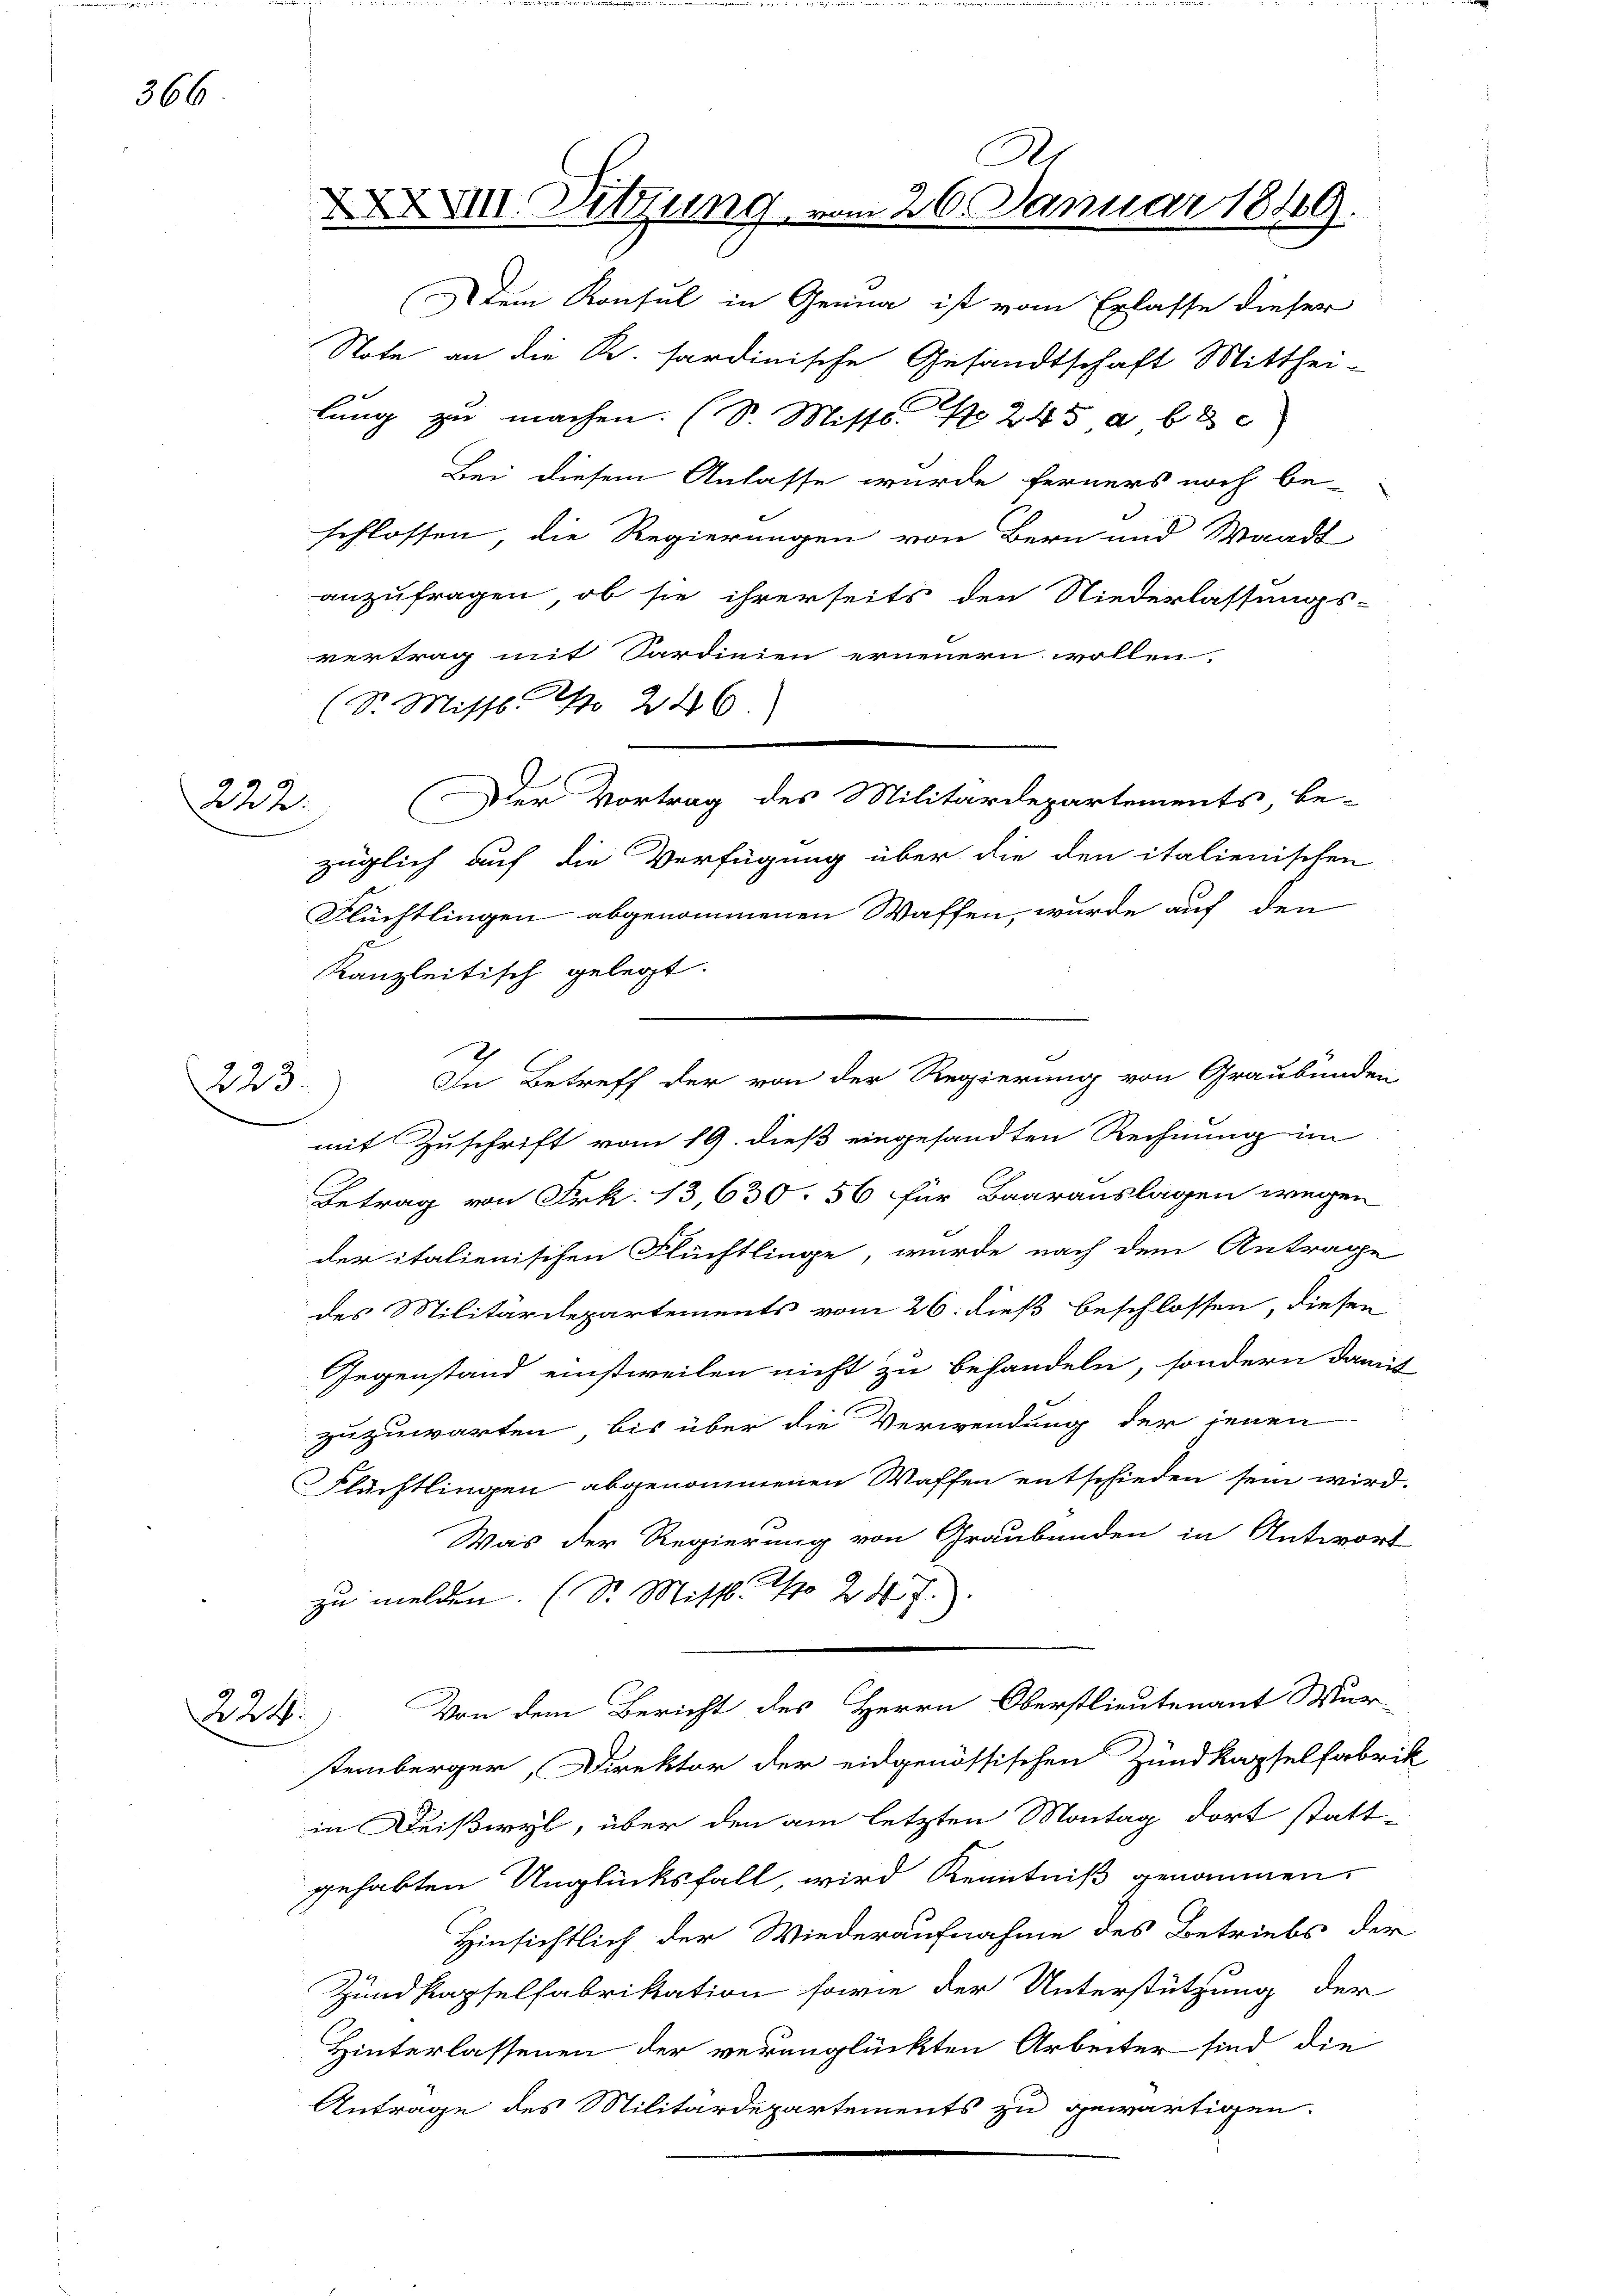
366

222.

223.

224.

Dem Konsul in Genua ist vom Erlasse dieser
Note an die R. sardinische Gesandtschaft Mitthei-
lung zu machen. (S. Mist. No 245 abge
Bei diesem Anlasse wurde ferners noch be-
schlossen, die Regierungen von Bern und Waadt
anzufragen, ob sie ihrerseits den Niederlassungs-
vertrag mit Sardinien erneuern wollen.
(Sr. Misst. No 246.)
Der Vortrag des Militärdepartements, be-
züglich auf die Verfügung über die den italienischen
Flüchtlingen abgenommenen Waffen, wurde auf den
e
Kanzleitisch gelegt.
mit Zuschrift vom 19. dieß eingesandten Rechnung im
Betrag von Frk. 13,630. 56 für Baarauslagen wegen
der italienischen Flüchtlinge, wurde nach dem Antrage
des Militärdepartements vom 26. dieß beschlossen, diesen
Gegenstand einstweilen nicht zu behandeln, sondern damit
zuzuwarten, bis über die Verwendung der jenen
Flüchtlingen abgenommenen Waffen entschieden sein wird.
Was der Regierung von Graubünden in Antwort
zu melden. (Dr. Mittl. 1 247.
Von dem Bericht des Herrn Oberstlieutenant Mur
temberger, Direktor der eidgenössischen Zundkapselfabrik
in Deißwyl, über den am letzten Montag dort stattgehabten Unglücksfall, wird Kenntniß genommen,
Hinsichtlich der Wiederaufnahme des Betriebs der
Zundkapselfabrikation sowie der Unterstützung der
Hinterlassenen der veranglückten Arbeiter sind die
Anträge des Militärdepartements zu gewärtigen.

XXXVIII. Sitzung

In Betreff der von der Regierung von Graubünden

R
26 Januar 1849.